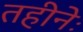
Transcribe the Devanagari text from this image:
तहीनेः